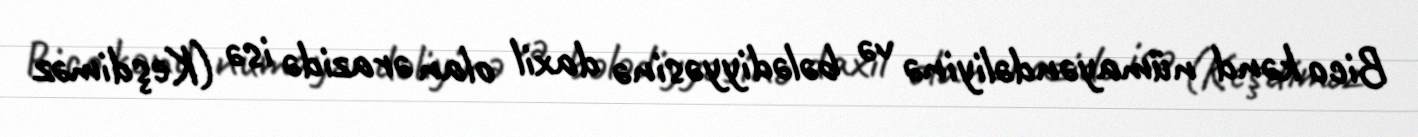
Bico kənd nümayəndəliyinə və bələdiyyəsinə daxil olan ərazidə isə (Keşdiməz